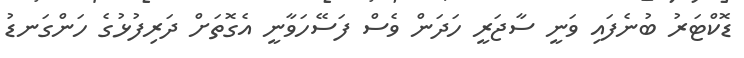
ޑޮކްޓަރު ބުނެފައި ވަނީ ސާޖަރީ ހަދަން ވެސް ފަސޭހަވާނީ އެގޮތަށް ދަރިފުޅުގެ ހަންގަނޑު